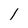
Character: 1